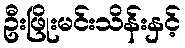
ဦးဖြိုးမင်းသိန်းနှင့်